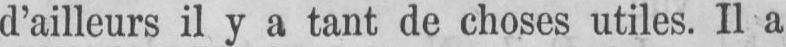
d’ailleurs il y a tant de choses utiles. Il a